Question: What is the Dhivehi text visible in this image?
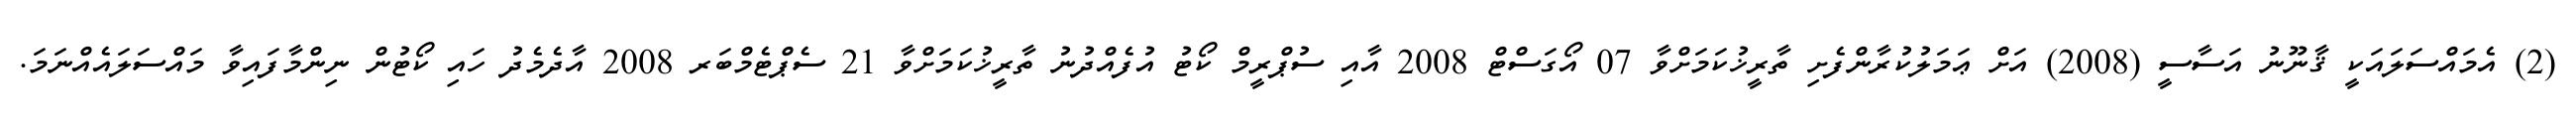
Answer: (2) އެމައްސަލައަކީ ޤާނޫނު އަސާސީ (2008) އަށް ޢަމަލުކުރާންފެށި ތާރީޚުކަމަށްވާ 07 އޯގަސްޓް 2008 އާއި ސުޕްރީމް ކޯޓު އުފެއްދުނު ތާރީޚުކަމަށްވާ 21 ސެޕްޓެމްބަރ 2008 އާދެމެދު ހައި ކޯޓުން ނިންމާފައިވާ މައްސަލައެއްނަމަ.